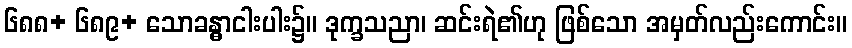
၆၈၈+ ၆၈၉+ သောခန္ဓာငါးပါး၌။ ဒုက္ခသညာ၊ ဆင်းရဲ၏ဟု ဖြစ်သော အမှတ်လည်းကောင်း။